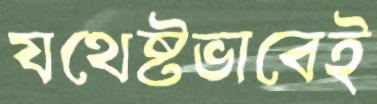
যথেষ্টভাবেই